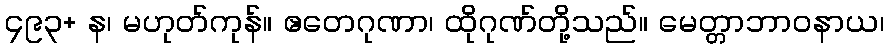
၄၉၃+ န၊ မဟုတ်ကုန်။ ဧတေဂုဏာ၊ ထိုဂုဏ်တို့သည်။ မေတ္တာဘာဝနာယ၊